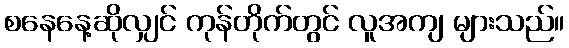
စနေနေ့ဆိုလျှင် ကုန်တိုက်တွင် လူအကျ များသည်။